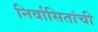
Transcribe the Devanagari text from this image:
निर्वासितांची